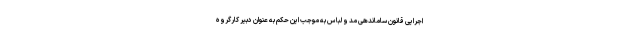
اجرایی قانون ساماندهی مد و لباس به موجب این حکم به عنوان دبیر کارگروه